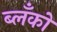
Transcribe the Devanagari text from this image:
ब्लँको